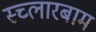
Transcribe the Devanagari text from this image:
स्च्लारबाम